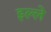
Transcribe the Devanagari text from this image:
इल्ले